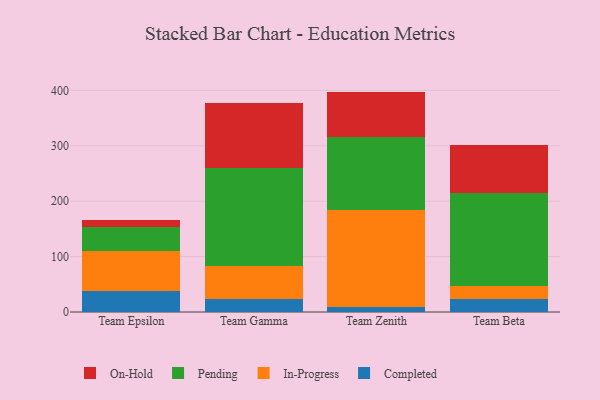
{"axis": {"x": "Team", "y": "Population (Million)"}, "legend": ["Completed", "In-Progress", "On-Hold", "Pending"], "data": [{"x": "Team Epsilon", "y": 37.8, "type": "Completed"}, {"x": "Team Epsilon", "y": 72.8, "type": "In-Progress"}, {"x": "Team Epsilon", "y": 42.7, "type": "Pending"}, {"x": "Team Epsilon", "y": 12.5, "type": "On-Hold"}, {"x": "Team Gamma", "y": 24.2, "type": "Completed"}, {"x": "Team Gamma", "y": 59.2, "type": "In-Progress"}, {"x": "Team Gamma", "y": 175.8, "type": "Pending"}, {"x": "Team Gamma", "y": 118.6, "type": "On-Hold"}, {"x": "Team Zenith", "y": 9.5, "type": "Completed"}, {"x": "Team Zenith", "y": 174.9, "type": "In-Progress"}, {"x": "Team Zenith", "y": 132.0, "type": "Pending"}, {"x": "Team Zenith", "y": 81.3, "type": "On-Hold"}, {"x": "Team Beta", "y": 23.6, "type": "Completed"}, {"x": "Team Beta", "y": 23.9, "type": "In-Progress"}, {"x": "Team Beta", "y": 166.8, "type": "Pending"}, {"x": "Team Beta", "y": 86.5, "type": "On-Hold"}]}